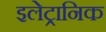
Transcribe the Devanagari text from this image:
इलेट्रानिक